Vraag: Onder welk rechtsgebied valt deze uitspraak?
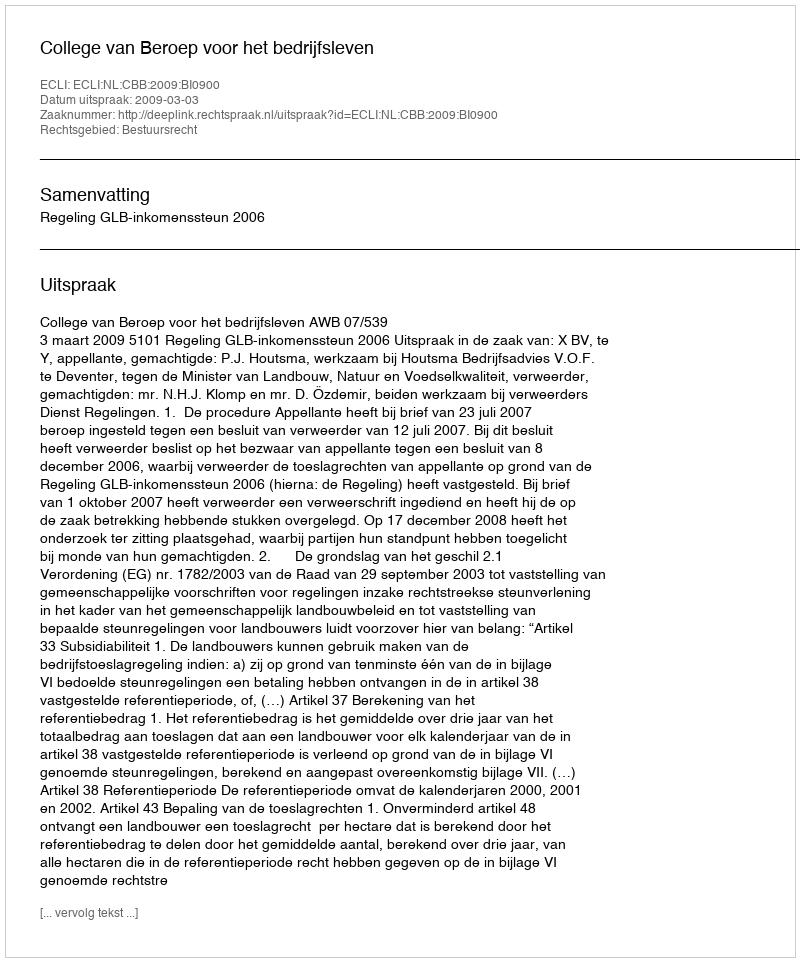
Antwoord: Bestuursrecht